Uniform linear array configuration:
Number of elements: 12
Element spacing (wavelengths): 1
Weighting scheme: hann
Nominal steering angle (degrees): -45
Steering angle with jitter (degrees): -46.989
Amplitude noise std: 0.05
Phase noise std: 0.05

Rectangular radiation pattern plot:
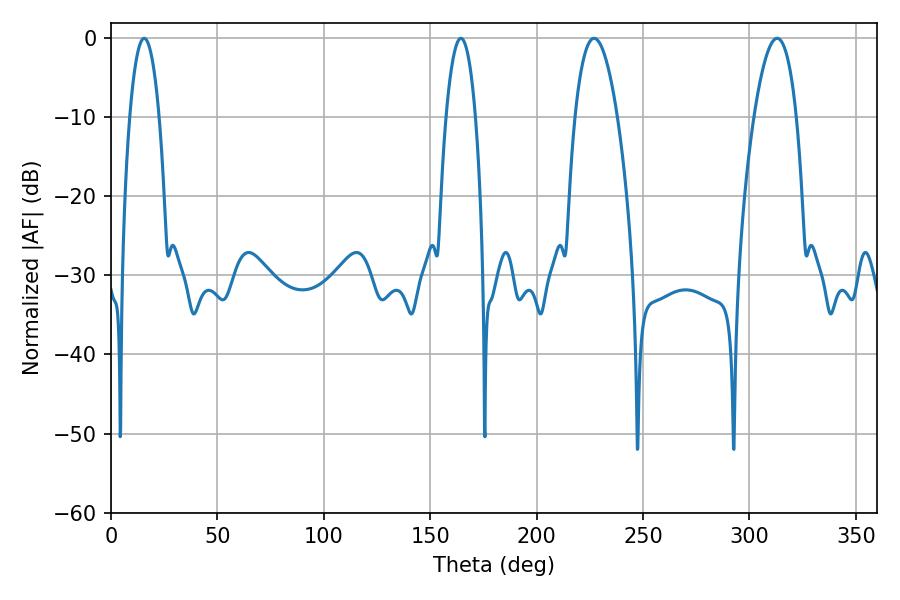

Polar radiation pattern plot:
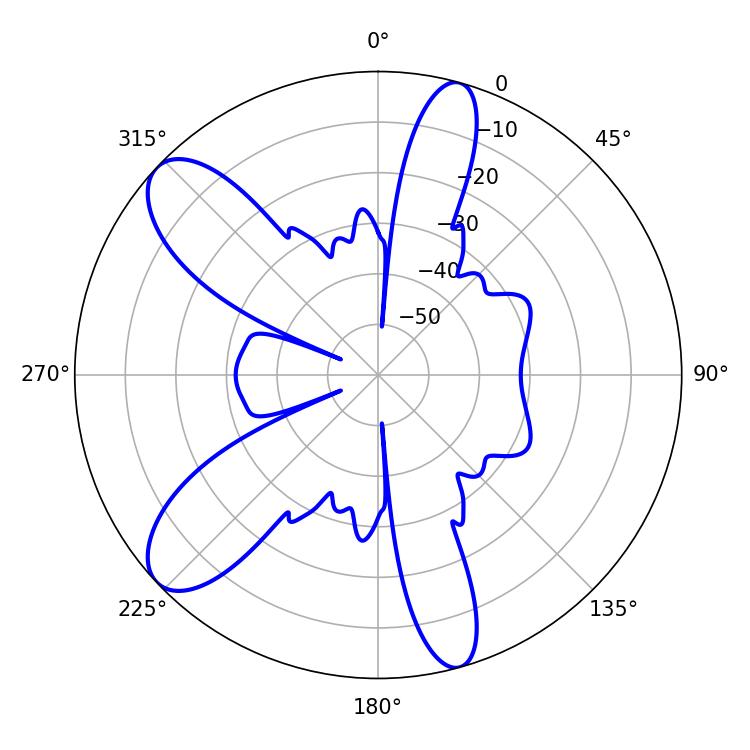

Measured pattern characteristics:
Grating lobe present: TRUE
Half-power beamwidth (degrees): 10.98
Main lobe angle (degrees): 226.98